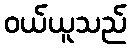
ဝယ်ယူသည်